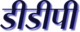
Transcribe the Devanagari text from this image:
डीडीपी